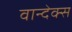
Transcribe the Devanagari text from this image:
वान्देक्स